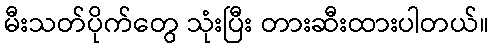
မီးသတ်ပိုက်တွေ သုံးပြီး တားဆီးထားပါတယ်။